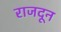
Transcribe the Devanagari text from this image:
राजदून